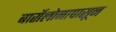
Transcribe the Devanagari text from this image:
बार्सेलोनापासून